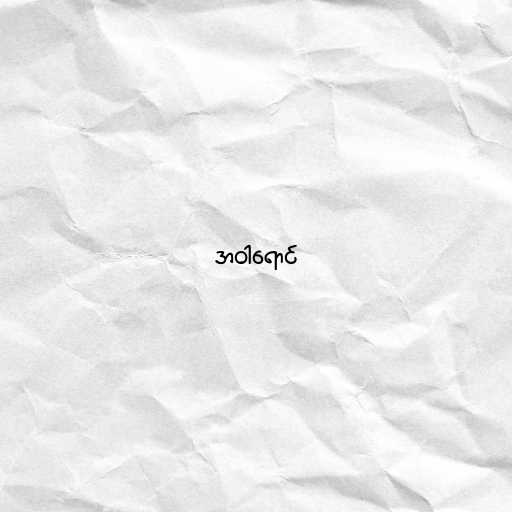
အဝါရောင်